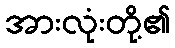
အားလုံးတို့၏